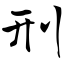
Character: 刑